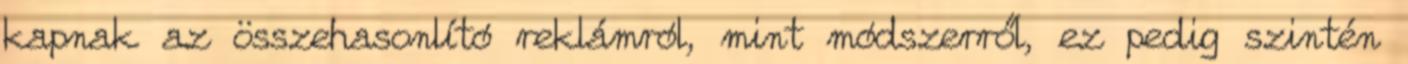
kapnak az összehasonlító reklámról, mint módszerről, ez pedig szintén